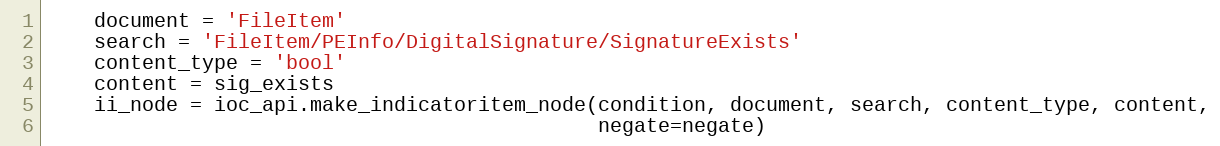
Language: Python
    document = 'FileItem'
    search = 'FileItem/PEInfo/DigitalSignature/SignatureExists'
    content_type = 'bool'
    content = sig_exists
    ii_node = ioc_api.make_indicatoritem_node(condition, document, search, content_type, content,
                                              negate=negate)